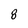
Character: 8